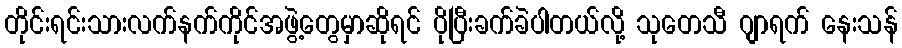
တိုင်းရင်းသားလက်နက်ကိုင်အဖွဲ့တွေမှာဆိုရင် ပိုပြီးခက်ခဲပါတယ်လို့ သုတေသီ ဂျာရက် နေးသန်